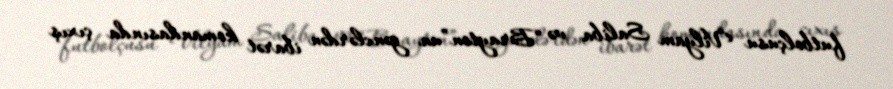
futbolçusu Vilyam Saliba və “Brayton”un gənclərdən ibarət komandasında çıxış